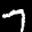
Label: 7